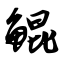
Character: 鲲